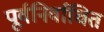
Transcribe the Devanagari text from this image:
पूर्वनिर्वाचित